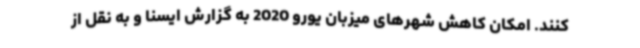
کنند. امکان کاهش شهرهای میزبان یورو 2020 به گزارش ایسنا و به نقل از